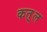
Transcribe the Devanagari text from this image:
कत़्ल